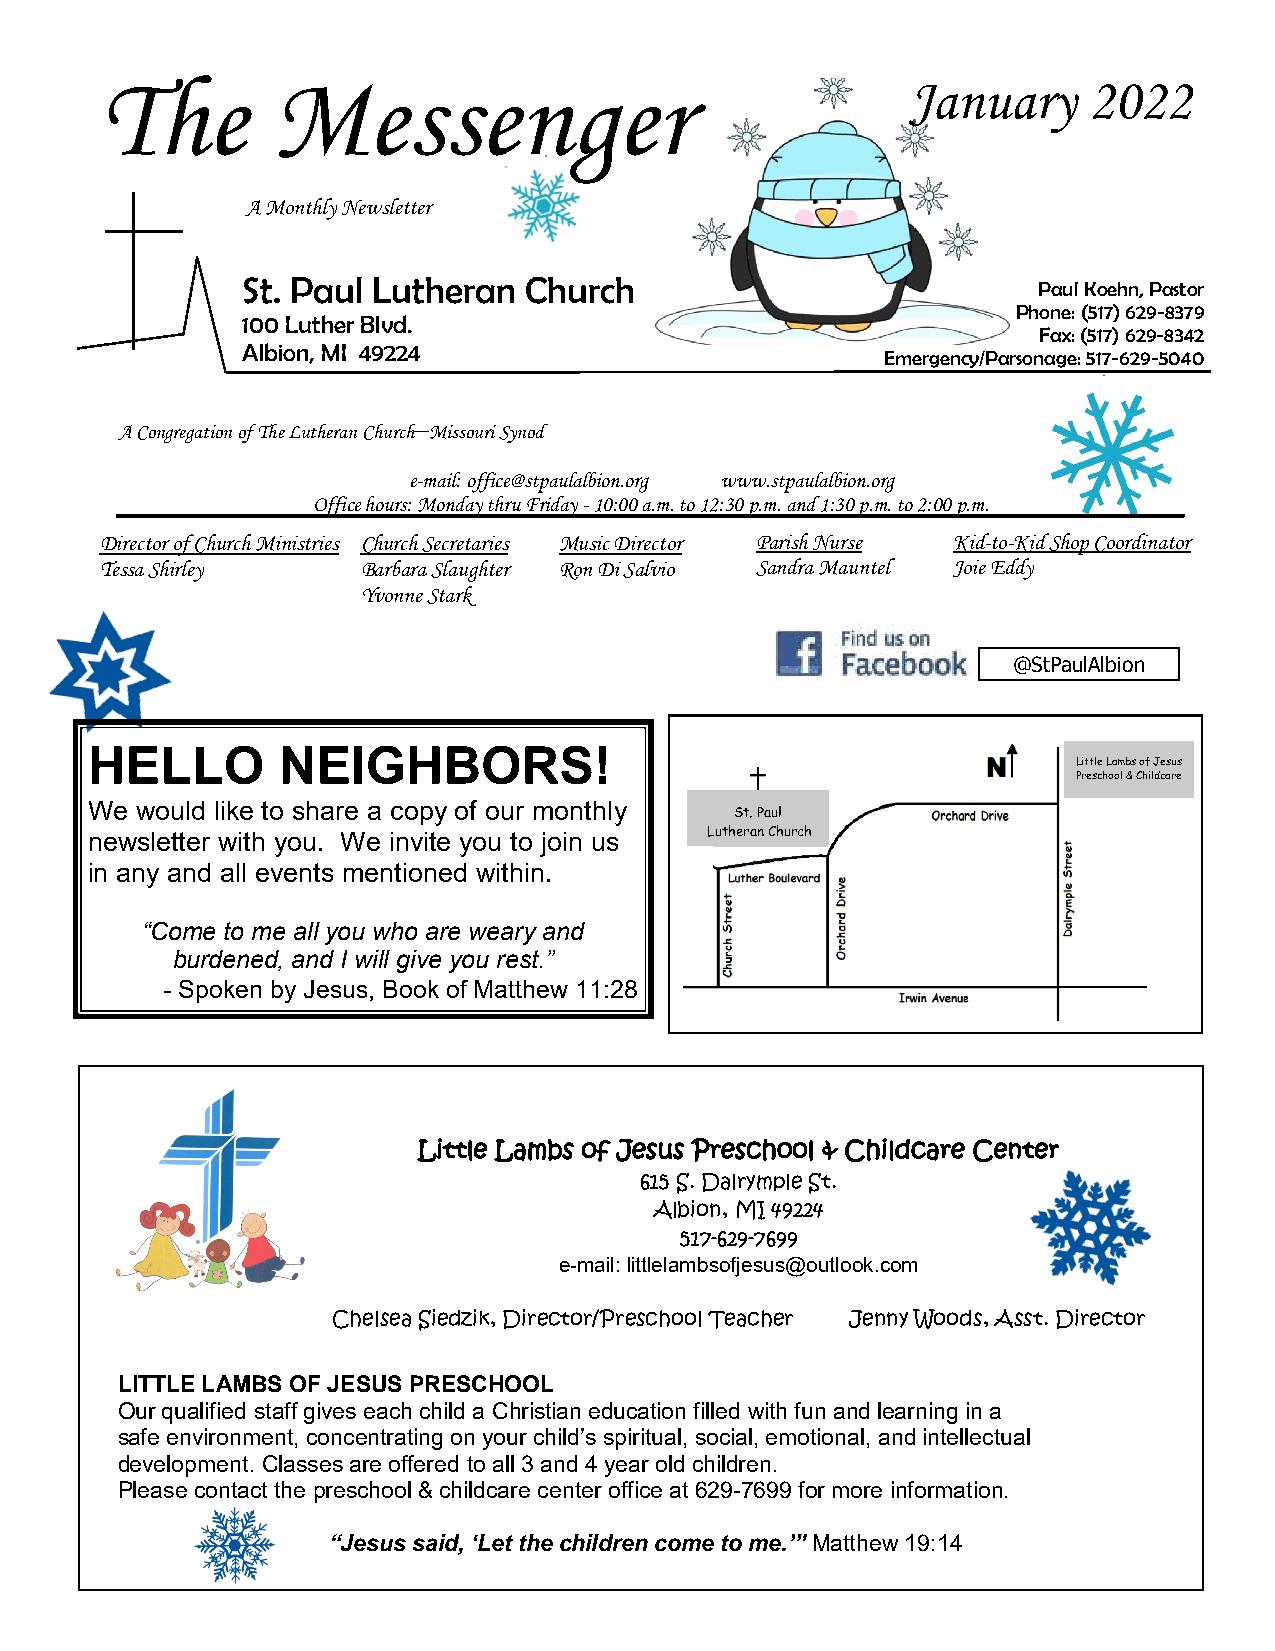
The        Messenger                                 January     2022
 A Monthly Newsletter
 St. Paul Lutheran  Church
 Paul Koehn, Pastor
 Phone: (517) 629-8379
 100 Luther Blvd.
 Fax: (517) 629-8342
 Albion, MI 49224
 Emergency/Parsonage: 517-629-5040
 A Congregation of The Lutheran Church─Missouri Synod
 e-mail: office@stpaulalbion.org www.stpaulalbion.org
 Office hours: Monday thru Friday - 10:00 a.m. to 12:30 p.m. and 1:30 p.m. to 2:00 p.m.
 Director of Church Ministries Church Secretaries Music Director Parish Nurse Kid-to-Kid Shop Coordinator
 Tessa Shirley    Barbara Slaughter Ron Di Salvio Sandra Mauntel Joie Eddy
 Yvonne Stark
 @StPaulAlbion
 HELLO       NEIGHBORS!
 Little Lambs of Jesus
 Preschool & Childcare
 We would like to share a copy of our monthly
 St. Paul
 newsletter with you. We invite you to join us Lutheran Church
 in any and all events mentioned within.
 “Come to me all you who are weary and
 burdened, and I will give you rest.”
 - Spoken by Jesus, Book of Matthew 11:28
 Little Lambs of Jesus Preschool & Childcare Center
 615 S. Dalrymple St.
 Albion, MI 49224
 517-629-7699
 e-mail: littlelambsofjesus@outlook.com
 Chelsea Siedzik, Director/Preschool Teacher Jenny Woods, Asst. Director
 LITTLE LAMBS OF JESUS PRESCHOOL
 Our qualified staff gives each child a Christian education filled with fun and learning in a
 safe environment, concentrating on your child’s spiritual, social, emotional, and intellectual
 development. Classes are offered to all 3 and 4 year old children.
 Please contact the preschool & childcare center office at 629-7699 for more information.
 “Jesus said, ‘Let the children come to me.’” Matthew 19:14